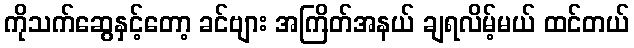
ကိုသက်ဆွေနှင့်တော့ ခင်ဗျား အကြိတ်အနယ် ချရလိမ့်မယ် ထင်တယ်